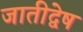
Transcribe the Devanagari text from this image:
जातीद्वेष